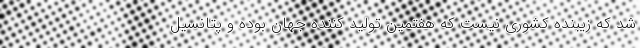
شد که زیبنده کشوری نیست که هفتمین تولید کننده جهان بوده و پتانسیل